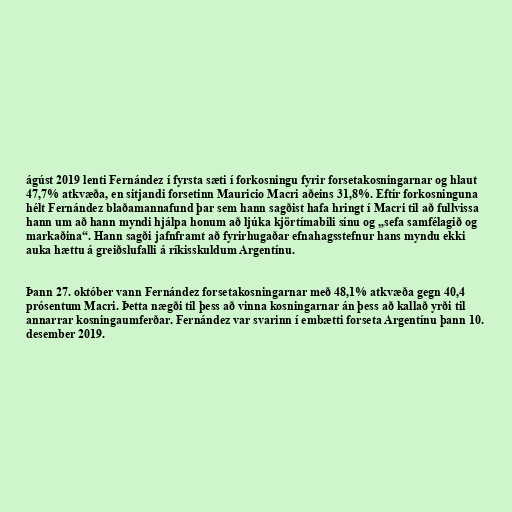
ágúst 2019 lenti Fernández í fyrsta sæti í forkosningu fyrir forsetakosningarnar og hlaut
47,7% atkvæða, en sitjandi forsetinn Mauricio Macri aðeins 31,8%. Eftir forkosninguna
hélt Fernández blaðamannafund þar sem hann sagðist hafa hringt í Macri til að fullvissa
hann um að hann myndi hjálpa honum að ljúka kjörtímabili sínu og „sefa samfélagið og
markaðina“. Hann sagði jafnframt að fyrirhugaðar efnahagsstefnur hans myndu ekki
auka hættu á greiðslufalli á ríkisskuldum Argentínu.

Þann 27. október vann Fernández forsetakosningarnar með 48,1% atkvæða gegn 40,4
prósentum Macri. Þetta nægði til þess að vinna kosningarnar án þess að kallað yrði til
annarrar kosningaumferðar. Fernández var svarinn í embætti forseta Argentínu þann 10.
desember 2019.